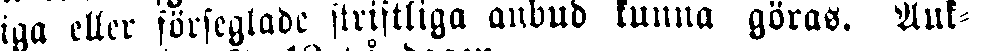
iga eller förseglade skriftliga anbud kunna göras. Auk-